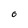
Character: 0